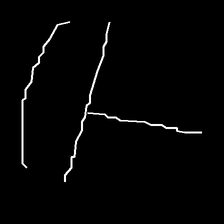
Glyph: dispersion